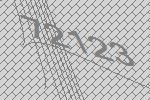
72123